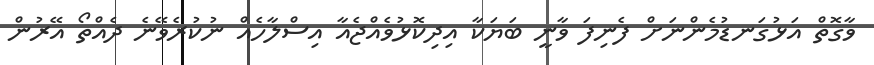
ވާގޮތް އަޅުގަނޑުމެންނަށް ފެނިފަ ވާނީ ބަޔަކާ އިދިކޮޅުވެއްޖެއާ އިސްލާހެއް ނުކުރެވޭނެ ދެއްތޯ އޭރުން